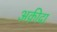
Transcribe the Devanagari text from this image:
अक़ीदा